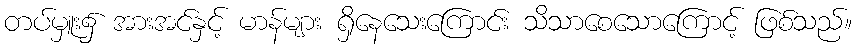
တပ်မှူး၌ အားအင်နှင့် မာန်များ ရှိနေသေးကြောင်း သိသာစေသောကြောင့် ဖြစ်သည်။